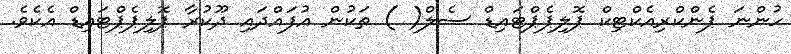
ހުންނަ ޕެންކްރިއެކްޓިކް ޕޮލިޕެޕްޓައިޑް ސެލް( ) ތަކުން އުފައްދައި ދޫކުރާ ޕޮލިޕެޕްޓައިޑް އެކެވެ.